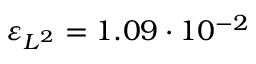
\varepsilon _ { L ^ { 2 } } = 1 . 0 9 \cdot 1 0 ^ { - 2 }